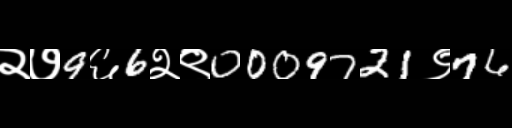
Text: २७9६6२९0009721९76